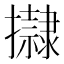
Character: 𢸀